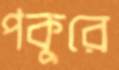
পকুরে